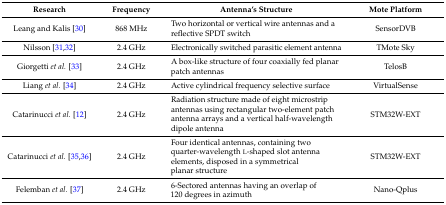
| Research | Frequency | Antenna’s Structure | Mote Platform |
 | --- | --- | --- | --- |
 | Leang and Kalis [30] | 868 MHz | Two horizontal or vertical wire antennas and a reflective SPDT switch | SensorDVB |
 | Nilsson [31,32] | 2.4 GHz | Electronically switched parasitic element antenna | TMote Sky |
 | Giorgetti et al. [33] | 2.4 GHz | A box-like structure of four coaxially fed planar patch antennas | TelosB |
 | Liang et al. [34] | 2.4 GHz | Active cylindrical frequency selective surface | VirtualSense |
 | Catarinucci et al. [12] | 2.4 GHz | Radiation structure made of eight microstrip antennas using rectangular two-element patch antenna arrays and a vertical half-wavelength dipole antenna | STM32W-EXT |
 | Catarinucci et al. [35,36] | 2.4 GHz | Four identical antennas, containing two quarter-wavelength l-shaped slot antenna elements, disposed in a symmetrical planar structure | STM32W-EXT |
 | Felemban et al. [37] | 2.4 GHz | 6-Sectored antennas having an overlap of 120 degrees in azimuth | Nano-Qplus |